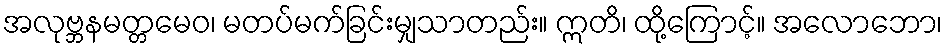
အလုဗ္ဘနမတ္တမေဝ၊ မတပ်မက်ခြင်းမျှသာတည်း။ ဣတိ၊ ထို့ကြောင့်။ အလောဘော၊